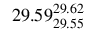
2 9 . 5 9 _ { 2 9 . 5 5 } ^ { 2 9 . 6 2 }